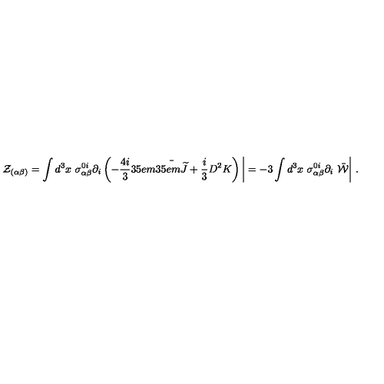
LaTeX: { \mathcal Z } _ { ( \alpha \beta ) } = \int d ^ { 3 } x \ \sigma _ { \alpha \beta } ^ { 0 i } \partial _ { i } \left( - \frac { 4 i } { 3 } { \kern . 3 5 e m \bar { \kern - . 3 5 e m { \widetilde J } } } + \frac { i } { 3 } D ^ { 2 } K \right) \displaystyle { \biggl \vert } = - 3 \int d ^ { 3 } x \ \sigma _ { \alpha \beta } ^ { 0 i } \partial _ { i } \ { \bar { \mathcal W } } \displaystyle { \biggl \vert } \ .